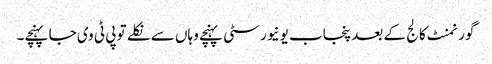
گورنمنٹ کالج کے بعد پنجاب یونیورسٹی پہنچے وہاں سے نکلے تو پی ٹی وی جا پہنچے۔